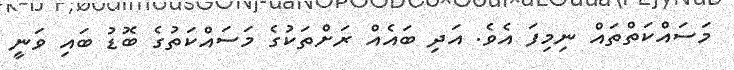
މަސައްކަތްތައް ނިމިފަ އެވެ. އަދި ބައެއް ރަށްތަކުގެ މަސައްކަތުގެ ބޮޑު ބައި ވަނީ